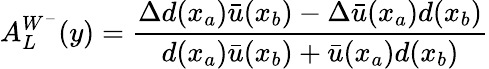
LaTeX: A_{L}^{W^{-}}(y)={\frac{\Delta d(x_{a})\bar{u}(x_{b})-\Delta\bar{u}(x_{a})d(x_{b})}{d(x_{a})\bar{u}(x_{b})+\bar{u}(x_{a})d(x_{b})}}